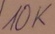
Text: 10K